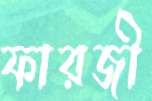
ফারজী